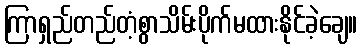
ကြာရှည်တည်တံ့စွာသိမ်းပိုက်မထားနိုင်ခဲ့ချေ။